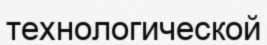
технологической